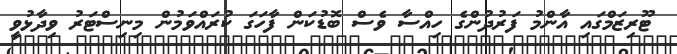
ޓޫރިޒަމްގައި އާންމު ފަރުދުންގެ ހިއްސާ ވެސް ބޮޑުކަން ފާހަގަ ކުރައްވަމުން މިނިސްޓަރު ވިދާޅުވީ